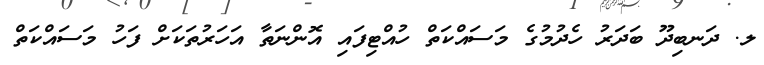
ލ. ދަނބިދޫ ބަދަރު ހެދުމުގެ މަސައްކަތް ހުއްޓިފައި އޮންނަތާ އަހަރުތަކަށް ފަހު މަސައްކަތް